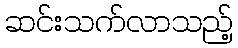
ဆင်းသက်လာသည့်